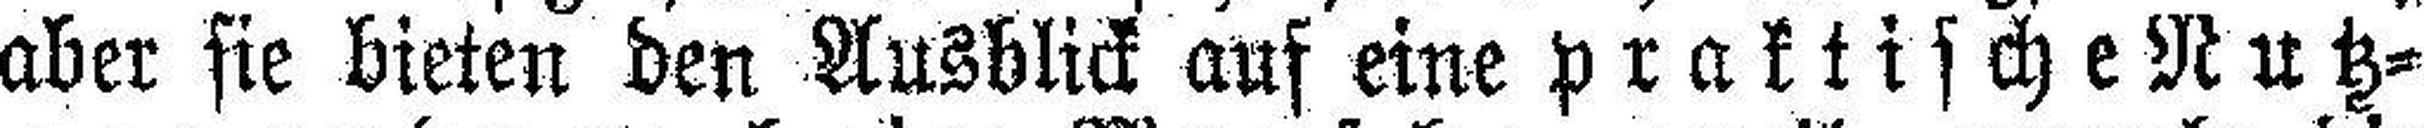
aber sie bieten den Ausblick auf eine praktische Nutz¬